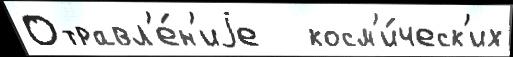
Отравл'е́н'иjе   косм'и́ческ'их